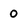
Character: 0